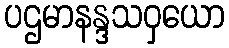
ပဌမာနန္ဒသဝှယော